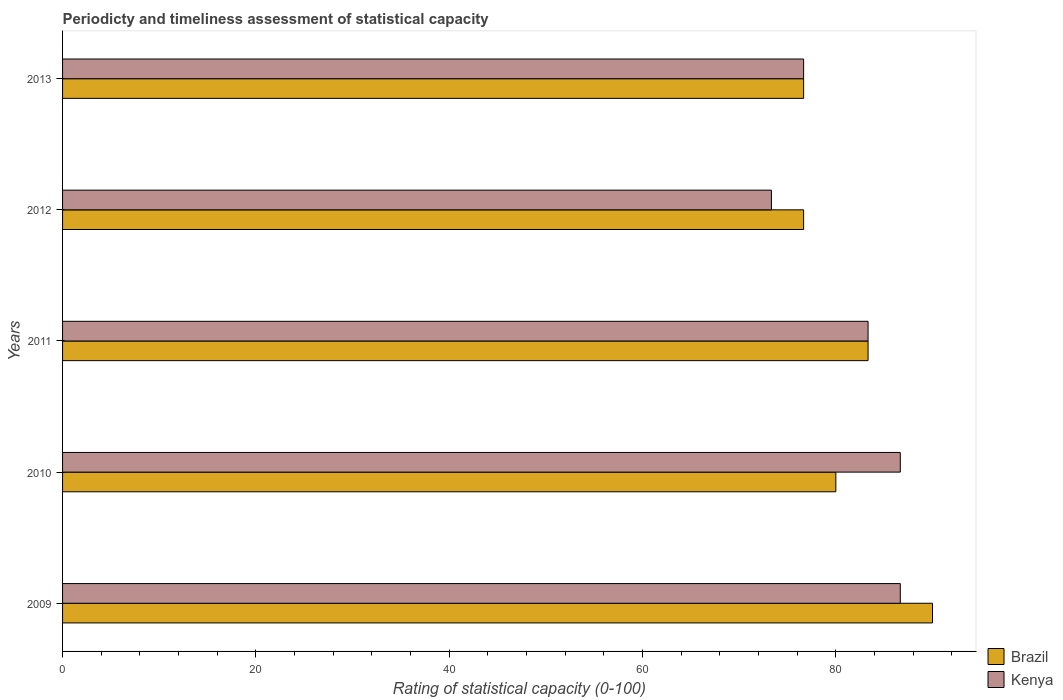
| Years | Brazil | Kenya |
 | --- | --- | --- |
 | 2009 | 90 | 86.7 |
 | 2010 | 80 | 86.7 |
 | 2011 | 83.3 | 83.3 |
 | 2012 | 76.7 | 73.3 |
 | 2013 | 76.7 | 76.7 |